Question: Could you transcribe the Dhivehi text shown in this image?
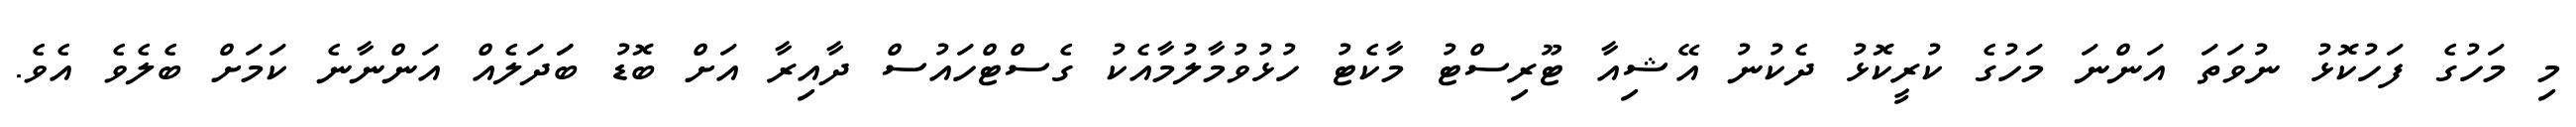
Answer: މި މަހުގެ ފަހުކޮޅު ނުވަތަ އަންނަ މަހުގެ ކުރީކޮޅު ދެކުނު އޭޝިއާ ޓޫރިސްޓު މާކެޓު ހުޅުވުމާލުމާއެކު ގެސްޓްހައުސް ދާއިރާ އަށް ބޮޑު ބަަދަލެއް އަންނާނެ ކަމަށް ބެލެވެ އެވެ.